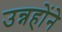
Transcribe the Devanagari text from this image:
उन्नहोंने